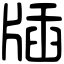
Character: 牐